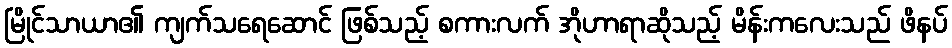
မြိုင်သာယာ၏ ကျက်သရေဆောင် ဖြစ်သည့် စကားလက် အိုဟာရာဆိုသည့် မိန်းကလေးသည် ဖိနပ်